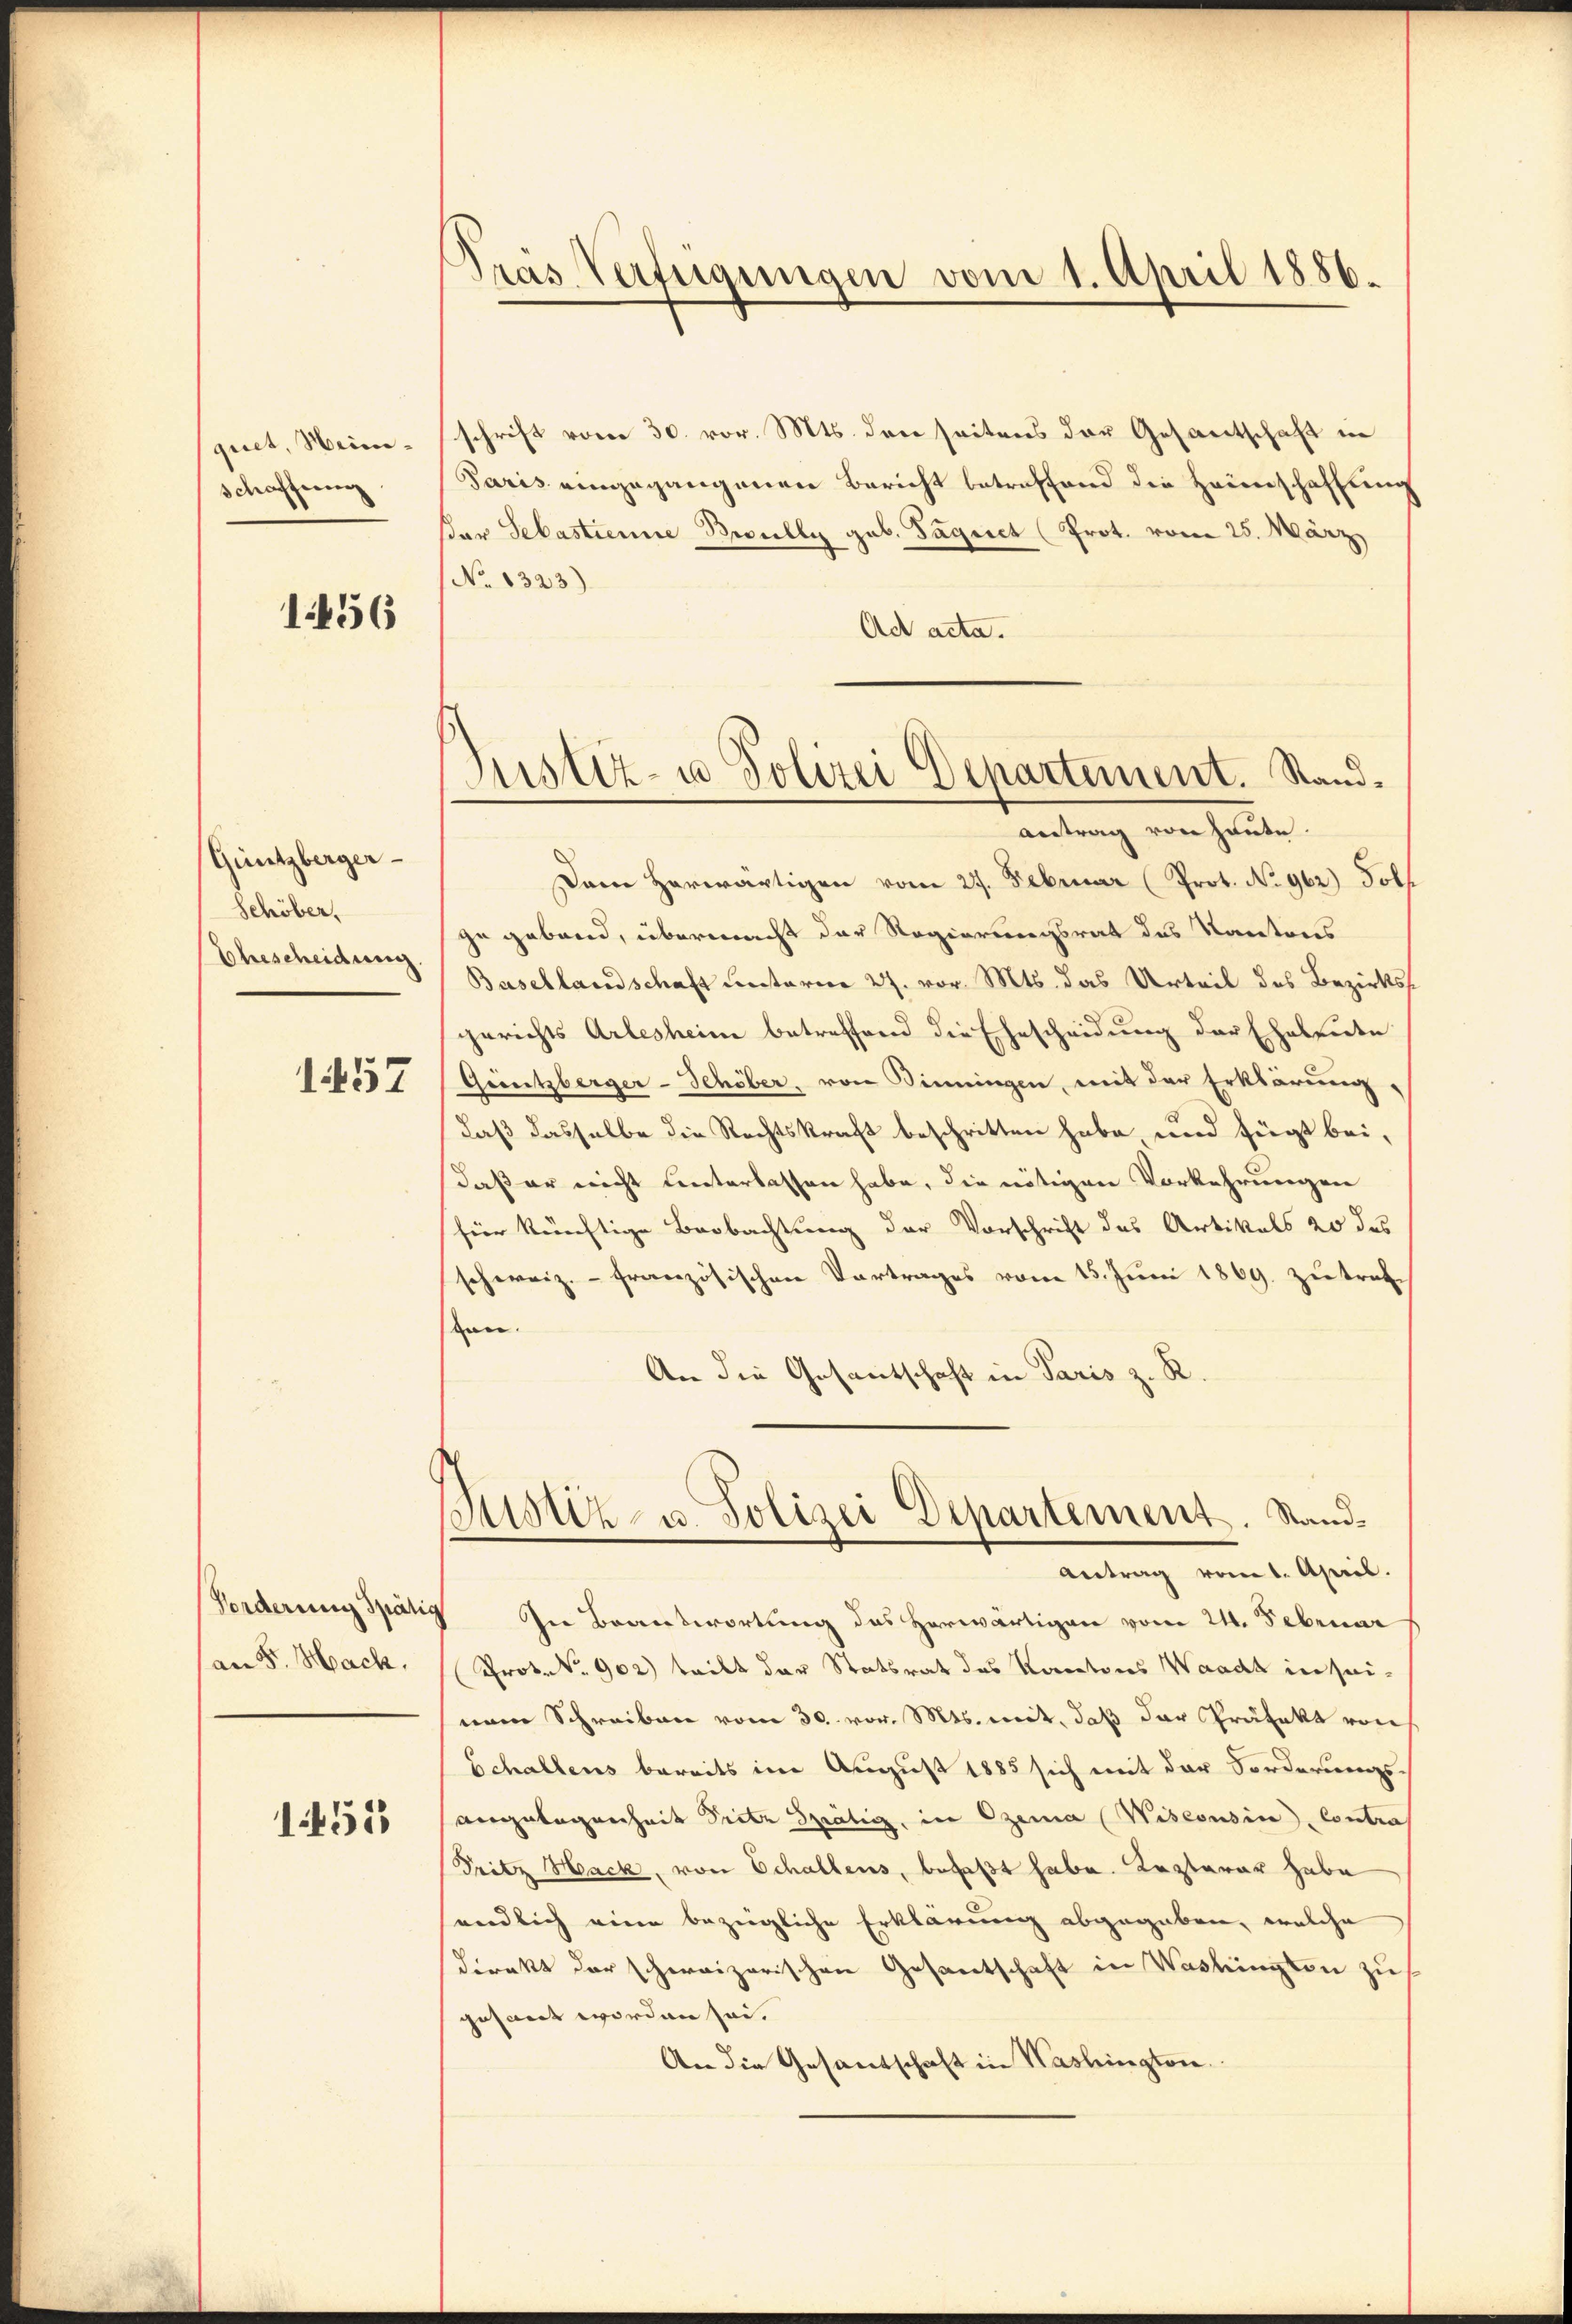
quet, Heinschaffen

1456

Güntzberger-
Schöber.
Ehescheidung

157

Vorderung Spatio
an 5. Mach.

1451

Pras Verfügungen vom 1. April 1886.

Justiz- u Polizei Departement. Stand.
antrag von heute.

schrift vom 30. vor. Mts. den seitens der Gesantschaft in
Paris eingegangenen Bericht betreffend die Heimschaffung
der Sebastienne Beully gab. Tagnet (Prot. vom 25. März
No. 1323)
Ad acta.
Dam herwärtigen vom 27. Februar (Prot. No 962) Solf
ge gebend, übermacht der Regierungsrat das Kantons
Basellandschaft unterm 27. vor. Mts. das Urteil des Bezirksgerichts Arlesheim betreffend die Ehescheidung der Eheleute
Greutzberger-Schöber, von Binningen, mit der Erklärung,
Laß dasselbe die Rechtskraft beschritten habe und fügt bei,
daß er nicht unterlassen habe, die nötigen Vorkehrungen
für künftige Beobachtung der Vorschrift des Artikals 20 des
schweiz.- französischen Vortrages vom 15. Juni 1869 zu tratten.
An die Gesantschaft in Paris z. R.
Justiz- u. Polizei Departement. Stand¬
Antrag vom 1. April.
In Beantwortung des herwärtigen vom 24. Februar
Prot. N. 902) teilt der Statsrat des Kantons Waadt in seinem Schreiben vom 30. vor. Mts. mit, daß der Präfekt von
Schaltens bereits im August 1885 sich mit der Forderungs-
angelegenheit Pritz Spätig, in Ozema (Wiseousin, Contras
Pritz Hack, von Schallens, befaßt habe. Kezterer habe
endlich eine bezügliche Erklärung abgegeben, welche
Direkt der schweizerischen Gesantschaft in Washingten zu
gesant worden sei.
An die Gesandschaft in Washington